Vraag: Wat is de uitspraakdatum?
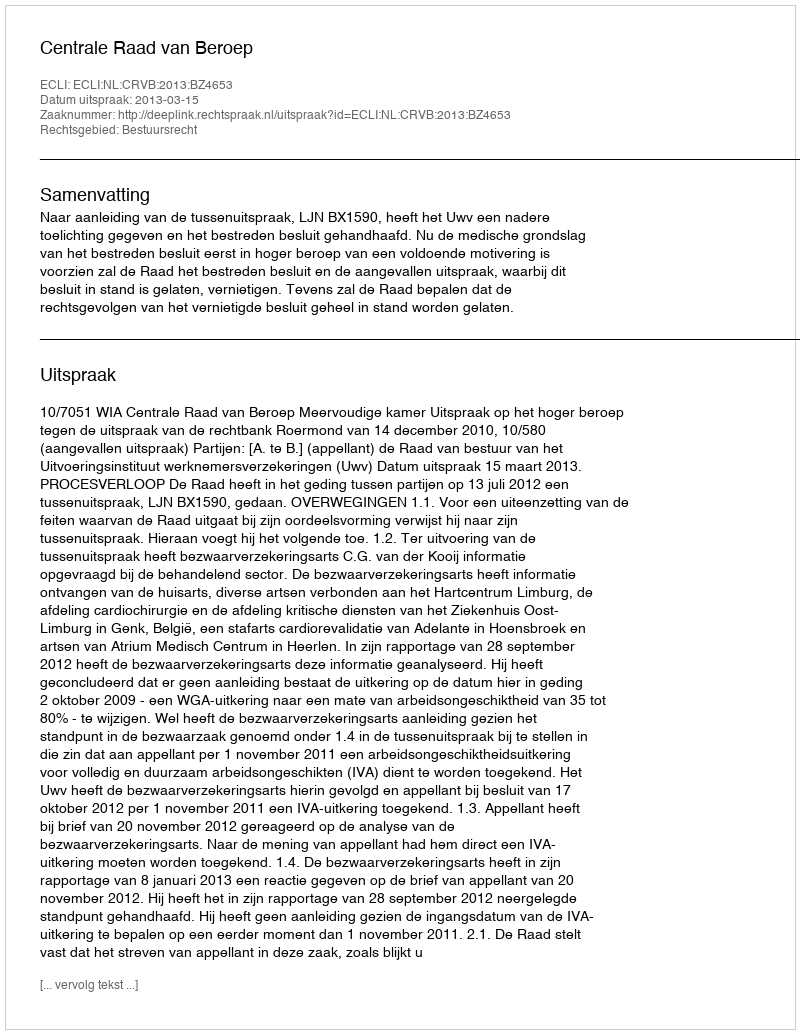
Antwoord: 2013-03-15